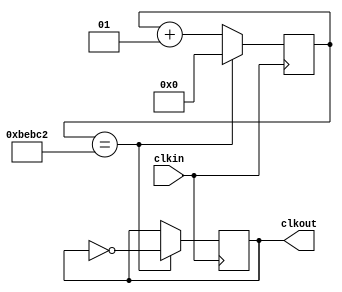
module fdiv_32 (clkin,clkout);
input clkin;
output reg clkout;

integer cont;

initial
   cont=0;
  
always @(posedge clkin)
  begin
	if (cont==781250)
		begin
			cont<=0;
			clkout<=~clkout;
		end
		else
		begin
			cont<=cont+1;
			clkout<=clkout;
		end
   end
endmodule